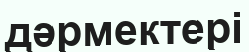
дәрмектері